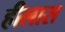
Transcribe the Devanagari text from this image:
हीलास